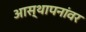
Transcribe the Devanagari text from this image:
आस्‍थापनांवर